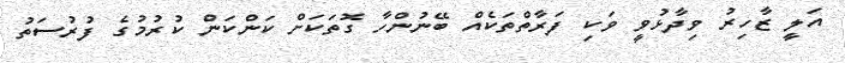
އަލީ ޒާހިރު ވިދާޅުވީ ވަކި ފަރާތްތަކެއް ބޭނުންހާ ގޮތަކަށް ކަންކަން ކުުރުމުގެ ފުރުސަތު